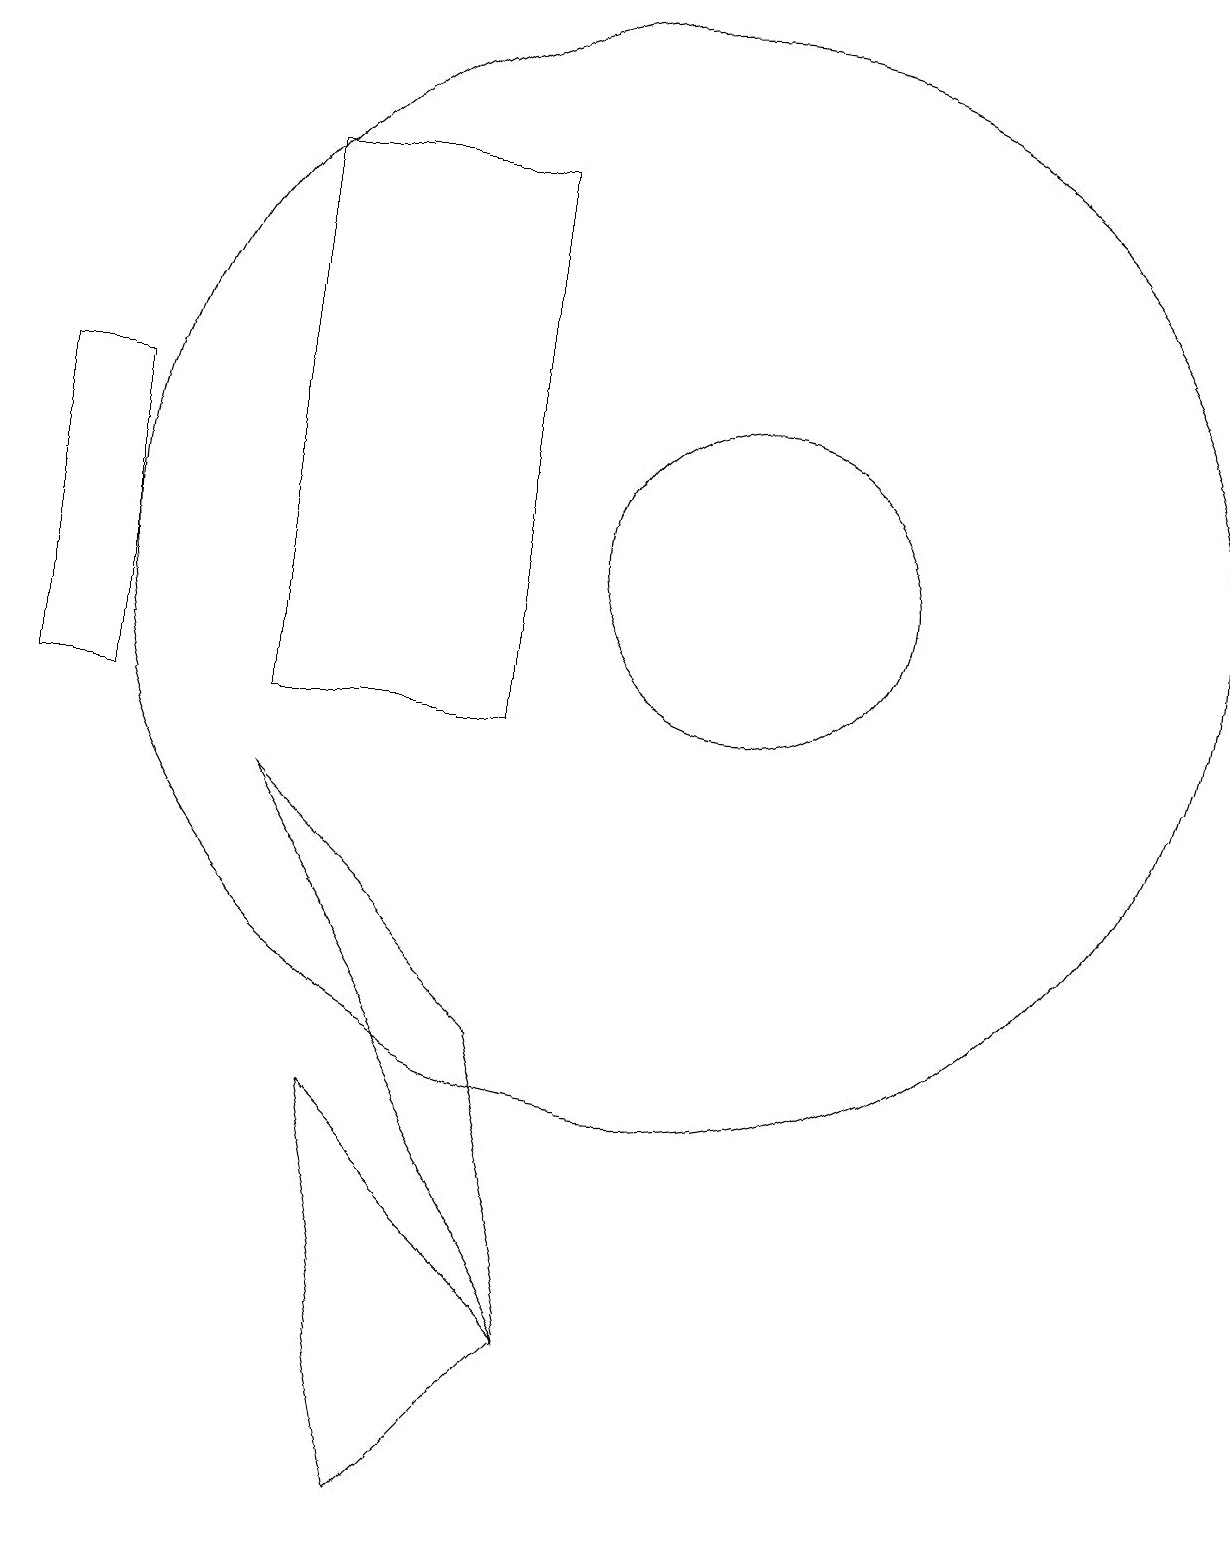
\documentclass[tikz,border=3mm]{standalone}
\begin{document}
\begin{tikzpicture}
\draw (5,17) rectangle (8,10);
\draw (2,10) rectangle (3,14);
\draw (11,12) circle (2);
\draw (8,6) -- (5,9) -- (9,2) -- cycle;
\draw (10,12) circle (7);
\draw (7,0) -- (6,5) -- (9,2) -- cycle;
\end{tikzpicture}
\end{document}